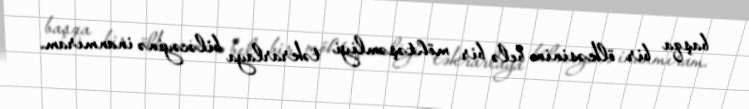
başqa bir ölkəsinin belə bir möhtəşəmliyi təkrarlaya biləcəyinə inanmıram.